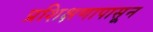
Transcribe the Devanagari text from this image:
प्रशिक्षणापासून